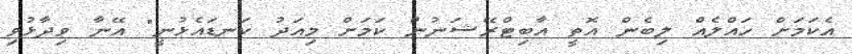
އެކަމަށް ހައްލެއް ލިބެން އޮތީ އާބިޓްރޭޝަނުން ކަމަށް މިއަދު ކަނޑައެޅުނީ" އޭނާ ވިދާޅުވި